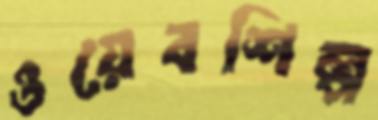
ওয়েবশিল্প